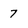
Character: 7